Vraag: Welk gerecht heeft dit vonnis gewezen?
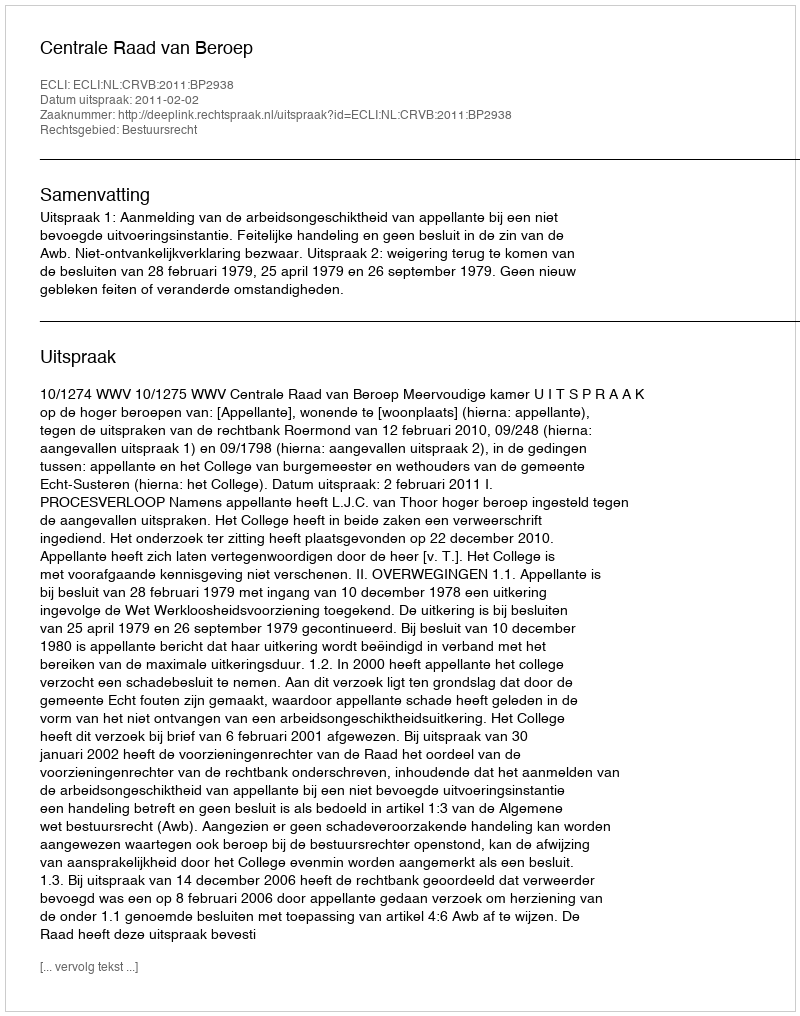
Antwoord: Centrale Raad van Beroep